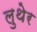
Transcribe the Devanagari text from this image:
लुथेर